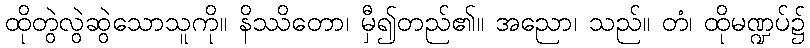
ထိုတွဲလွဲဆွဲသောသူကို။ နိဿိတော၊ မှီ၍တည်၏။ အညော၊ သည်။ တံ၊ ထိုမဏ္ဍပ်၌